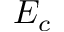
E _ { c }